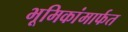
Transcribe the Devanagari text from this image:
भूमिकांमार्फत